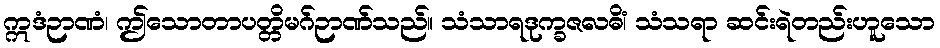
ဣဒံဉာဏံ၊ ဤသောတာပတ္တိမဂ်ဉာဏ်သည်။ သံသာရဒုက္ခဇလဓိံ၊ သံသရာ ဆင်းရဲတည်းဟူသော